Medical and sanitary report on the native army of Bombay for the year
Year: 1879
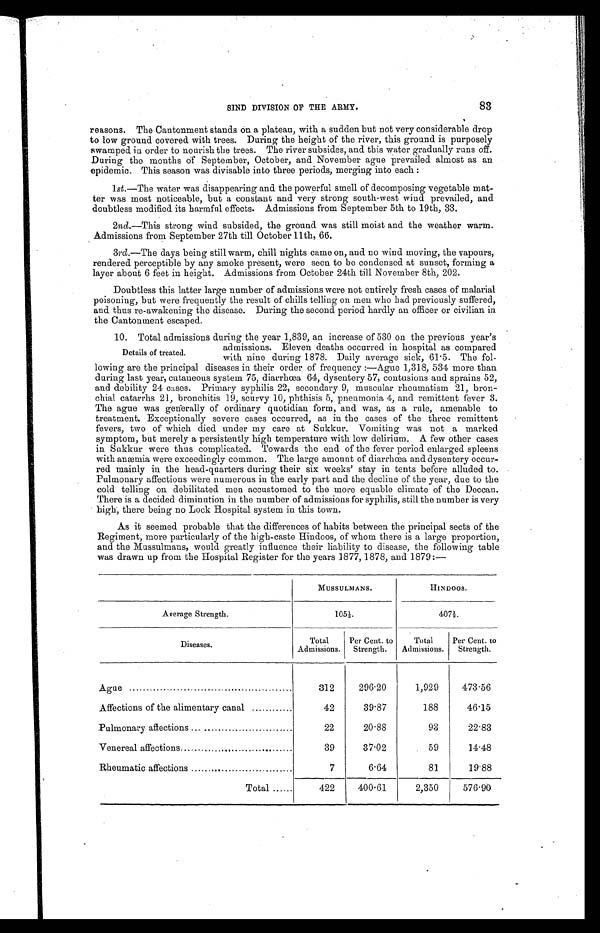
83
SIND DIVISION OF THE ARMY.
reasons. The Cantonment stands on a plateau, with a sudden but not very considerable drop
to low ground covered with trees. During the height of the river, this ground is purposely
swamped in order to nourish the trees. The river subsides, and this water gradually runs off.
During the months Of September, October, and November ague prevailed almost as an
epidemic. This season was divisable into three periods, merging into each:
1st.—The water was disappearing and the powerful smell of decomposing vegetable mat
-
ter was most noticeable, but a constant and very strong south-west wind prevailed, and
doubtless modified its harmful effects. Admissions from September 5th to 19th, 33.
2nd.—This strong wind subsided, the ground was still moist and the weather warm.
Admissions from September 27th till October 11th, 66.
3rd .—The days being still warm, chill nights came on, and no wind moving, the vapours,
rendered perceptible by any smoke present, were seen to be condensed at sunset, forming a
layer about 6 feet in height. Admissions from October 24th till November 8th, 202.
Doubtless this latter large number of admissions were not entirely fresh cases of malarial
poisoning, but were frequently the result of chills telling on men who had previously suffered,
and thus re-awakening the disease. During the second period hardly an officer or civilian in
the Cantonment escaped.
10. Total admissions during the year 1,839, an increase of 530 on the previous year's
admissions. Eleven deaths occurred in hospital as compared
with nine during 1878. Daily average sick, 61.5. The fol
-
lowing are the principal diseases in their order, of frequency:—Ague 1,318, 534 more than
during last year, cutaneous system 75, diarrhœa 64, dysentery 57, contusions and sprains 52,
and debility 24 cases. Primary syphilis 22, secondary 9, muscular rheumatism 21, bron
-
chial catarrhs 21, bronchitis 19, scurvy 10, phthisis 5, pneumonia 4, and remittent fever 3.
The ague was generally of ordinary quotidian form, and was, as a rule, amenable to
treatment. Exceptionally severe cases occurred, as in the cases of the three remittent
fevers, two of which died under my care at Sukkur. Vomiting was not a marked
symptom, but merely a persistently high temperature with low delirium. A few other cases
in Sukkur were thus complicated. Towards the end of the fever period enlarged spleens
with anemia were exceedingly common. The large amount of diarrhœa and dysentery occur
-
red mainly in the head-quarters during their six weeks' stay in tents before alluded to.
Pulmonary affections were numerous in the early part and the decline of the year, due to the
cold telling on debilitated men accustomed to the more equable climate of the Deccan.
There is a decided diminution in the number of admissions for syphilis, still the number is very
high, there being no Lock Hospital system in this town.
As it seemed probable that the differences of habits between the principal sects of the
Regiment, more particularly of the high-caste Hindoos, of whom there is a large proportion,
and the Mussulmans, would greatly influence their liability to disease, the following table
was drawn up from the Hospital Register for the years 1877, 1878, and 1879:—
MUSSULMANS.
HINDOOS.
Average Strength.
105 1/3.
407 1/3.
Diseases.
Total
Admissions.
Per Cent to
Strength.
Total
Admissions.
Per Cent to
Strength.
Ague . . .
312
296.20
1,929
473.56
Affections of the alimentary canal . . .
42
39.87
188
46.15
Pulmonary affections . . .
22
20.88
9 8
22.83
Venereal affections. . .
39
37.02
59
14.48
Rheumatic affections . . .
7
6.64
81
19.88
Total . . .
422
400.61
2,350
576.90
Details of treated.